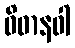
ဝိဓာနဝါ